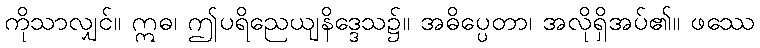
ကိုသာလျှင်။ ဣဓ၊ ဤပရိညေယျနိဒ္ဒေသ၌။ အဓိပ္ပေတာ၊ အလိုရှိအပ်၏။ ဖဿေ